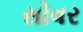
સોવર